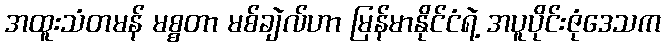
အထူးသံတမန် မစ္စတာ မစ်ချဲလ်ဟာ မြန်မာနိုင်ငံရဲ့ အပူပိုင်းဇုံဒေသက